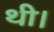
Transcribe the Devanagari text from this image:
थी।